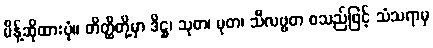
မိန့်ဆိုထားပုံ။ တိတ္ထိတို့မှာ ဒိဋ္ဌ၊ သုတ၊ မုတ၊ သီလဗ္ဗတ စသည်ဖြင့် သံသရာမှ